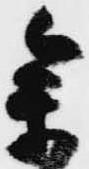
参